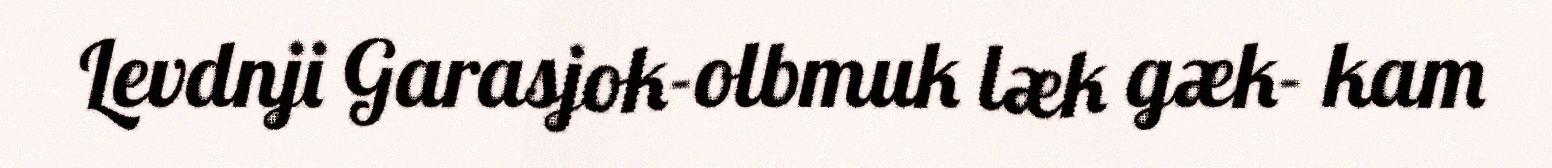
Levdnji Garasjok-olbmuk læk gæk- kam